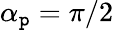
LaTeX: \alpha_{\mathtt{p}}=\pi/2